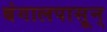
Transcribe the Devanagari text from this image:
बंगालपासून्